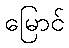
မြောင်